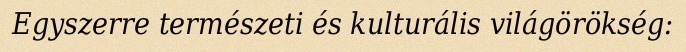
Egyszerre természeti és kulturális világörökség: